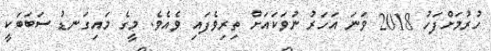
ހުރުމަށްފަހު 2018 ވަނަ އަހަރު ނުވަކައަށް ތިރިވެފައި ވެއެވެ. މީގެ މައިގަނޑު ސަބަބަކީ